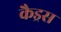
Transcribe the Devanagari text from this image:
कैड्रस